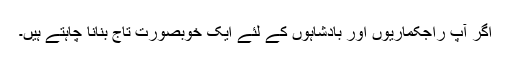
اگر آپ راجکماریوں اور بادشاہوں کے لئے ایک خوبصورت تاج بنانا چاہتے ہیں۔